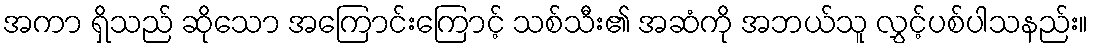
အကာ ရှိသည် ဆိုသော အကြောင်းကြောင့် သစ်သီး၏ အဆံကို အဘယ်သူ လွှင့်ပစ်ပါသနည်း။